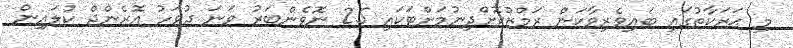
މި ޙަރަކާތުގައި ބައިވެރިވާކަން ރަމްޒުކޮށްދިނުމަށްޓަކައި 25 ނޮވެންބަރު ވަނަ ދުވަހު އޮރެންޖް ކުލައިން